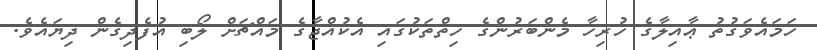
ހަމައެވަގުތު ޢާއިލާގެ ހުރިހާ މެންބަރުންގެ ހިތްތަކުގައި އެކުއްޖާގެ މައްޗަށް ލޯބި އުފެދިގެން ދިޔައެވެ.